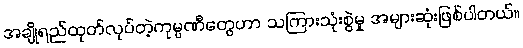
အချိုရည်ထုတ်လုပ်တဲ့ကုမ္ပဏီတွေဟာ သကြားသုံးစွဲမှု အများဆုံးဖြစ်ပါတယ်။